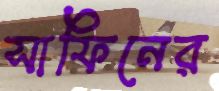
সাফিনের